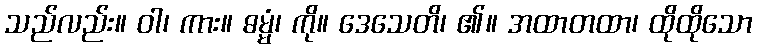
သည်လည်း။ ဝါ၊ ကား။ ဓမ္မံ၊ ကို။ ဒေသေတိ၊ ၏။ အထာတထာ၊ ထိုထိုသော